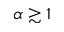
\alpha \gtrsim 1